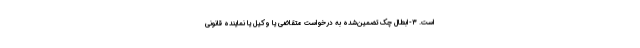
است. ۳-ابطال چک تضمین‌شده به درخواست متقاضی یا وکیل یا نماینده قانونی